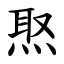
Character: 焣